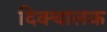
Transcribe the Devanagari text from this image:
दिक्चालक